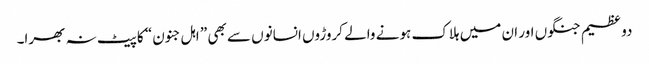
دو عظیم جنگوں اور ان میں ہلاک ہونے والے کروڑوں انسانوں سے بھی ” اہل جنون“ کا پیٹ نہ بھرا۔